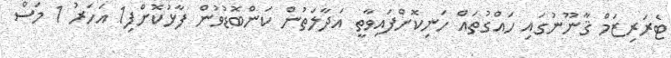
ޓެރަރިޒަމް ޤާނޫނުގައި ހައްގުތައް ހަނިކޮށްފައިވާތީ އަދާލަތުން ކަންބޮޑުވުން ފާޅުކޮށްފި1 އަހަރު 1 މަސް